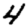
Digit: 4